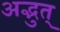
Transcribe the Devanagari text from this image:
अद्भुत्‌